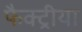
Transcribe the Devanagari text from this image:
फैक्ट्रीया